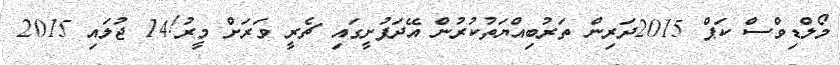
މޯލްޑިވްސް ކަޕް 2015ދަރިން ތަރުބިއްޔަތުކުރުން އޭދަފުށީގައި ޗެރީ ވަރަށް މީރު!14 ޖުލައި 2015